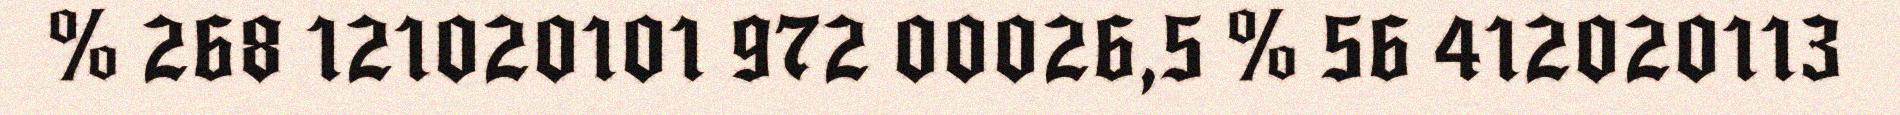
% 268 121020101 972 00026,5 % 56 412020113